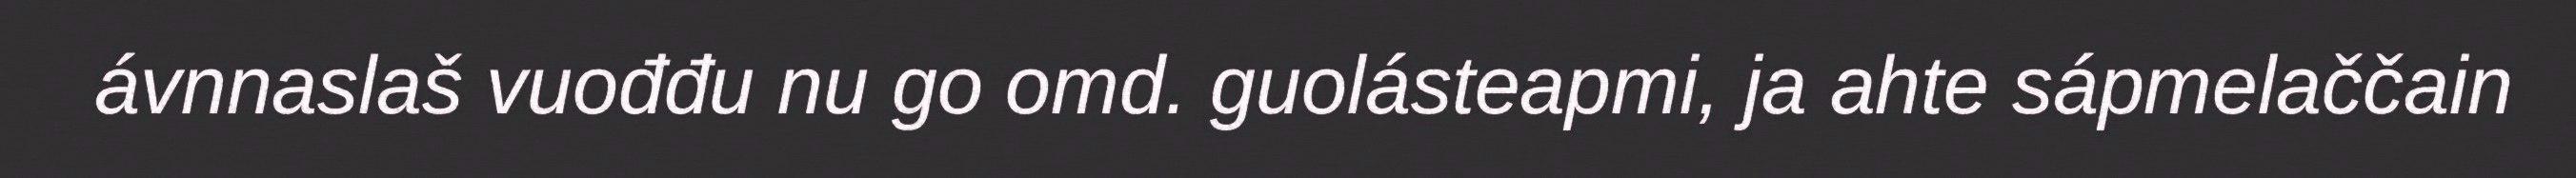
ávnnaslaš vuođđu nu go omd. guolásteapmi, ja ahte sápmelaččain